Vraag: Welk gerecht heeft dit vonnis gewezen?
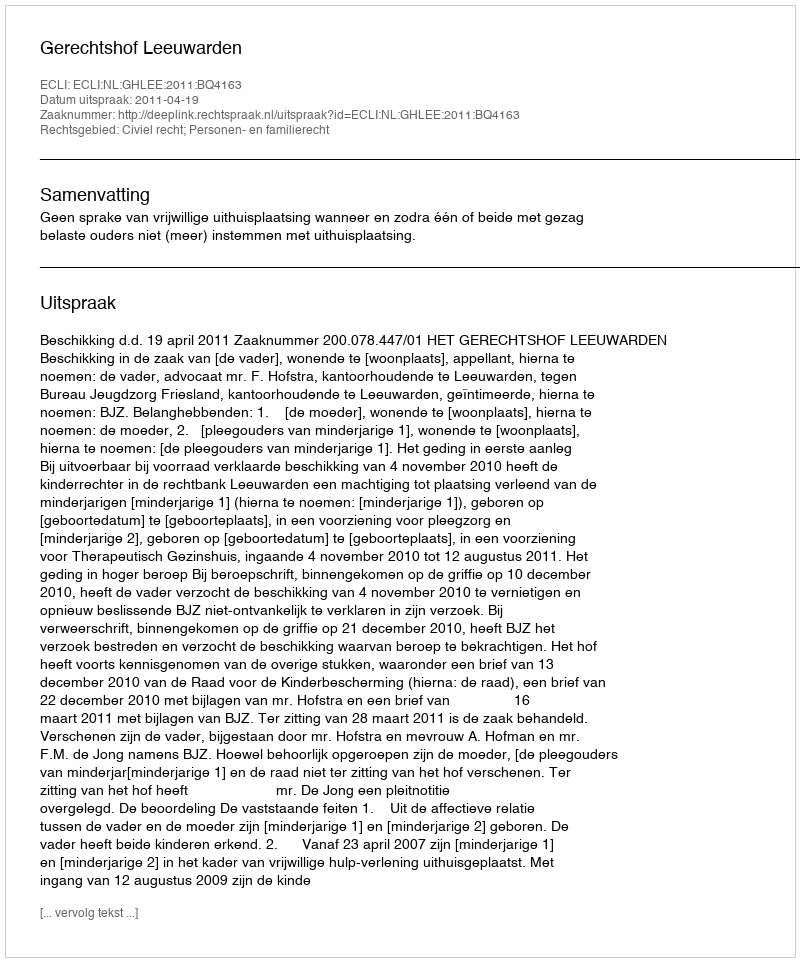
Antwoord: Gerechtshof Leeuwarden